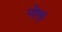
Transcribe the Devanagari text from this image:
पोफु